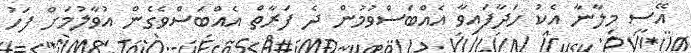
އޭސީ މިލާނާ އެކު ހަދާފައިވާ އެއްބަސްވުމުން ދެ ފަރާތް އެއްބަސްވެގެން އުވާލުމަށް ފަހު